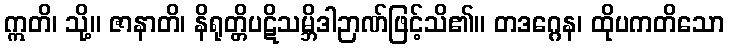
ဣတိ၊ သို့။ ဇာနာတိ၊ နိရုတ္တိပဋိသမ္ဘိဒါဉာဏ်ဖြင့်သိ၏။ တဒဂ္ဂေန၊ ထိုပကတိသော